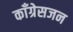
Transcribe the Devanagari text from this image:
काँग्रेसजन